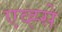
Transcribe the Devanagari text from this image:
एव्ह्से